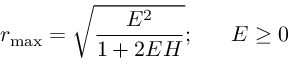
r _ { \mathrm { m a x } } = \sqrt { \frac { E ^ { 2 } } { 1 + 2 E H } } ; \; \; \; \; \; \; E \geq 0